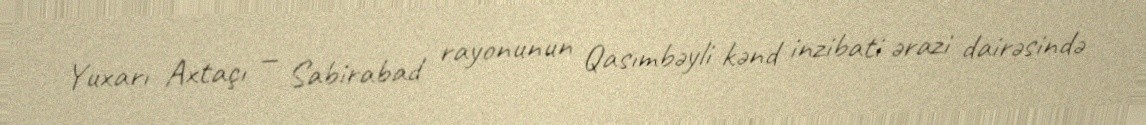
Yuxarı Axtaçı — Sabirabad rayonunun Qasımbəyli kənd inzibati ərazi dairəsində